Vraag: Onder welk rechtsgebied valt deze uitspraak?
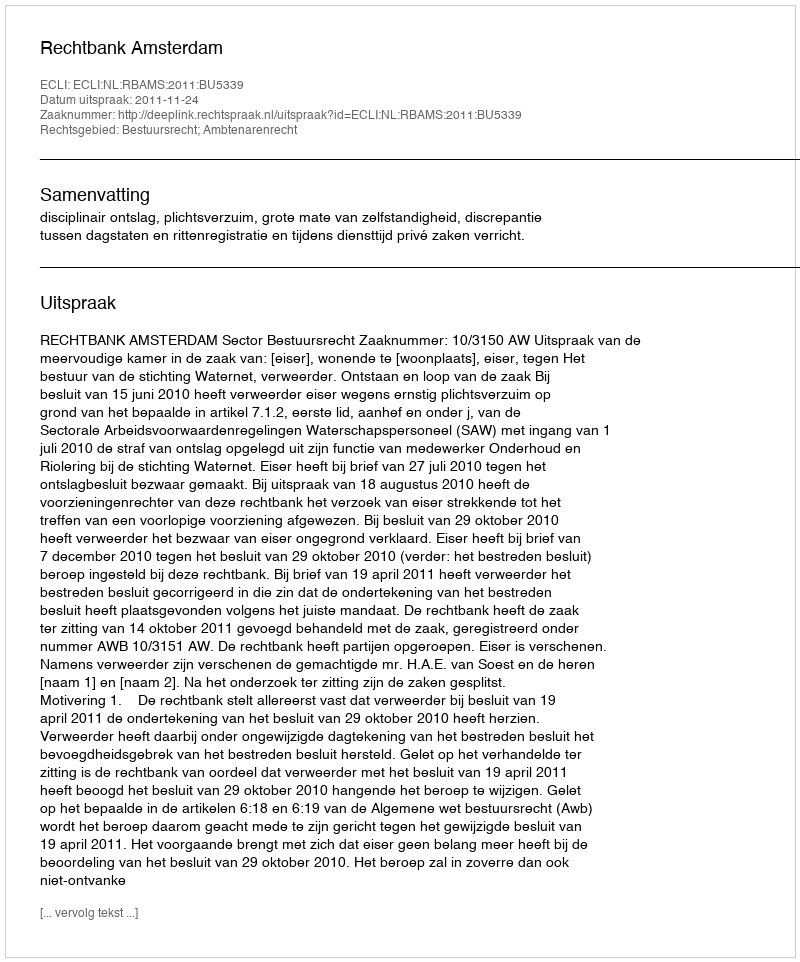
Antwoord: Bestuursrecht; Ambtenarenrecht